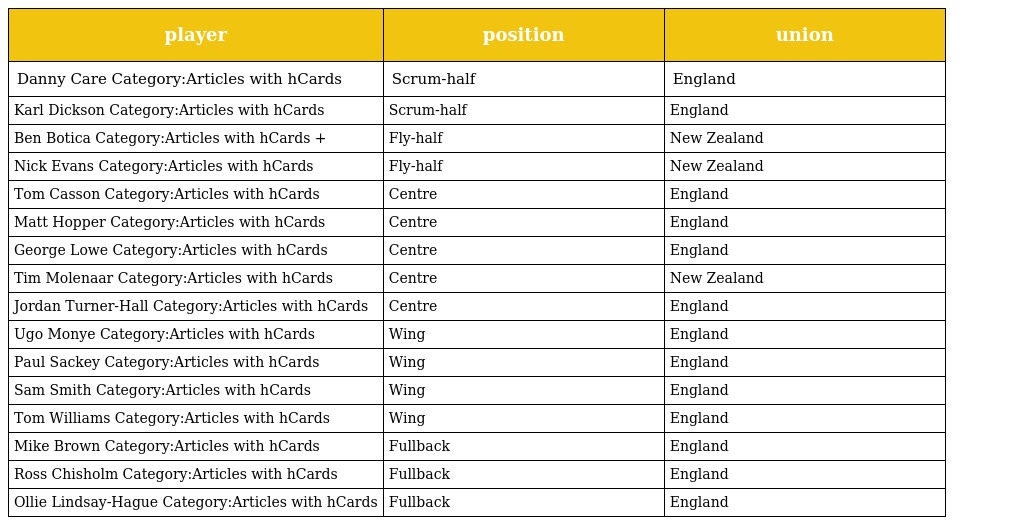
| player | position | union |
 | --- | --- | --- |
 | Danny Care Category:Articles with hCards | Scrum-half | England |
 | Karl Dickson Category:Articles with hCards | Scrum-half | England |
 | Ben Botica Category:Articles with hCards + | Fly-half | New Zealand |
 | Nick Evans Category:Articles with hCards | Fly-half | New Zealand |
 | Tom Casson Category:Articles with hCards | Centre | England |
 | Matt Hopper Category:Articles with hCards | Centre | England |
 | George Lowe Category:Articles with hCards | Centre | England |
 | Tim Molenaar Category:Articles with hCards | Centre | New Zealand |
 | Jordan Turner-Hall Category:Articles with hCards | Centre | England |
 | Ugo Monye Category:Articles with hCards | Wing | England |
 | Paul Sackey Category:Articles with hCards | Wing | England |
 | Sam Smith Category:Articles with hCards | Wing | England |
 | Tom Williams Category:Articles with hCards | Wing | England |
 | Mike Brown Category:Articles with hCards | Fullback | England |
 | Ross Chisholm Category:Articles with hCards | Fullback | England |
 | Ollie Lindsay-Hague Category:Articles with hCards | Fullback | England |